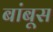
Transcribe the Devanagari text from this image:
बांबूस